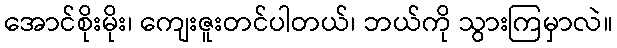
အောင်စိုးမိုး၊ ကျေးဇူးတင်ပါတယ်၊ ဘယ်ကို သွားကြမှာလဲ။